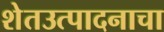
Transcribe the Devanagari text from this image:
शेतउत्पादनाचा